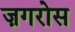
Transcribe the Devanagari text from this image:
ज़गरोस